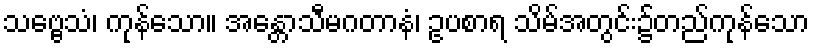
သဗ္ဗေသံ၊ ကုန်သော။ အန္တောသီမဂတာနံ၊ ဥပစာရ သိမ်အတွင်း၌တည်ကုန်သော